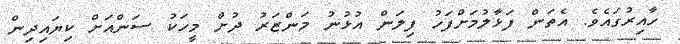
ހާއިރުގައެވެ. އެތަން ފަޅާލުމަށްފަހު ފިލަން އުޅުނު މަންޒަރު ދުށް މީހަކު ސަންއަށް ކިޔައިދިން